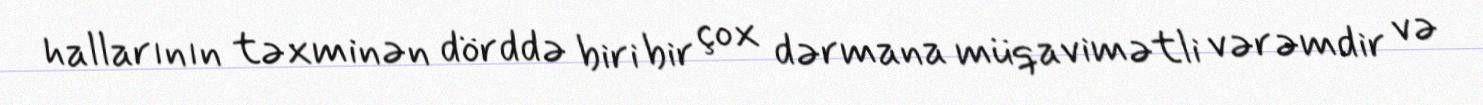
hallarının təxminən dörddə biri bir çox dərmana müqavimətli vərəmdir və